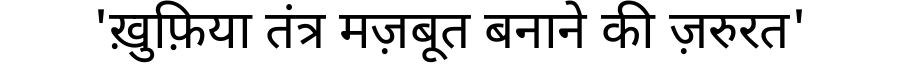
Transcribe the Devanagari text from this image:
'ख़ुफ़िया तंत्र मज़बूत बनाने की ज़रुरत'